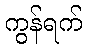
ကွန်ရက်